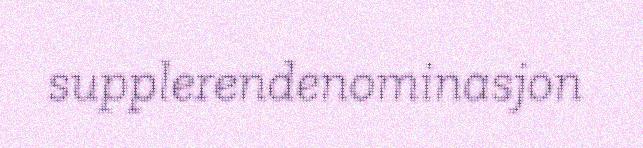
supplerendenominasjon